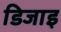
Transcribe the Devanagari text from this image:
डिजाइ